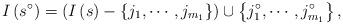
LaTeX: \begin{align*}I\left( s^{\circ}\right) =\left( I\left( s\right) -\left\{ j_{1},\cdots,j_{m_{1}}\right\} \right) \cup\left\{ j_{1}^{\circ},\cdots,j_{m_{1}}^{\circ}\right\} , \end{align*}